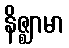
နိဇ္ဈာမာ